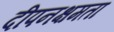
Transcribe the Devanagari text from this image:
दीपनक्षमता